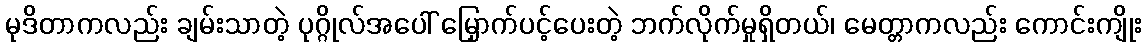
မုဒိတာကလည်း ချမ်းသာတဲ့ ပုဂ္ဂိုလ်အပေါ် မြှောက်ပင့်ပေးတဲ့ ဘက်လိုက်မှုရှိတယ်၊ မေတ္တာကလည်း ကောင်းကျိုး